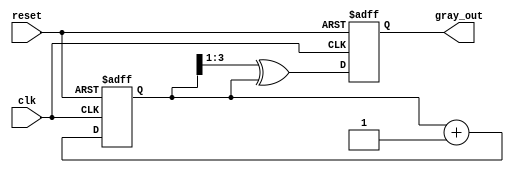
module gray_code_counter #(parameter N = 4) (
    input wire clk,
    input wire reset,
    output reg [N-1:0] gray_out
);

    reg [N-1:0] binary_counter;

    // Binary counter and Gray code conversion
    always @(posedge clk or posedge reset) begin
        if (reset) begin
            binary_counter <= 0;
            gray_out <= 0;
        end else begin
            // Increment binary counter
            binary_counter <= binary_counter + 1;

            // Gray code conversion
            gray_out <= (binary_counter >> 1) ^ binary_counter;
        end
    end

endmodule